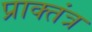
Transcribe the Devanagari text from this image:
प्राक्तंत्र